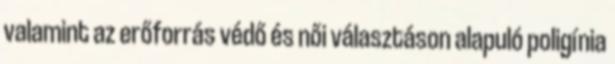
valamint az erőforrás védő és női választáson alapuló poligínia